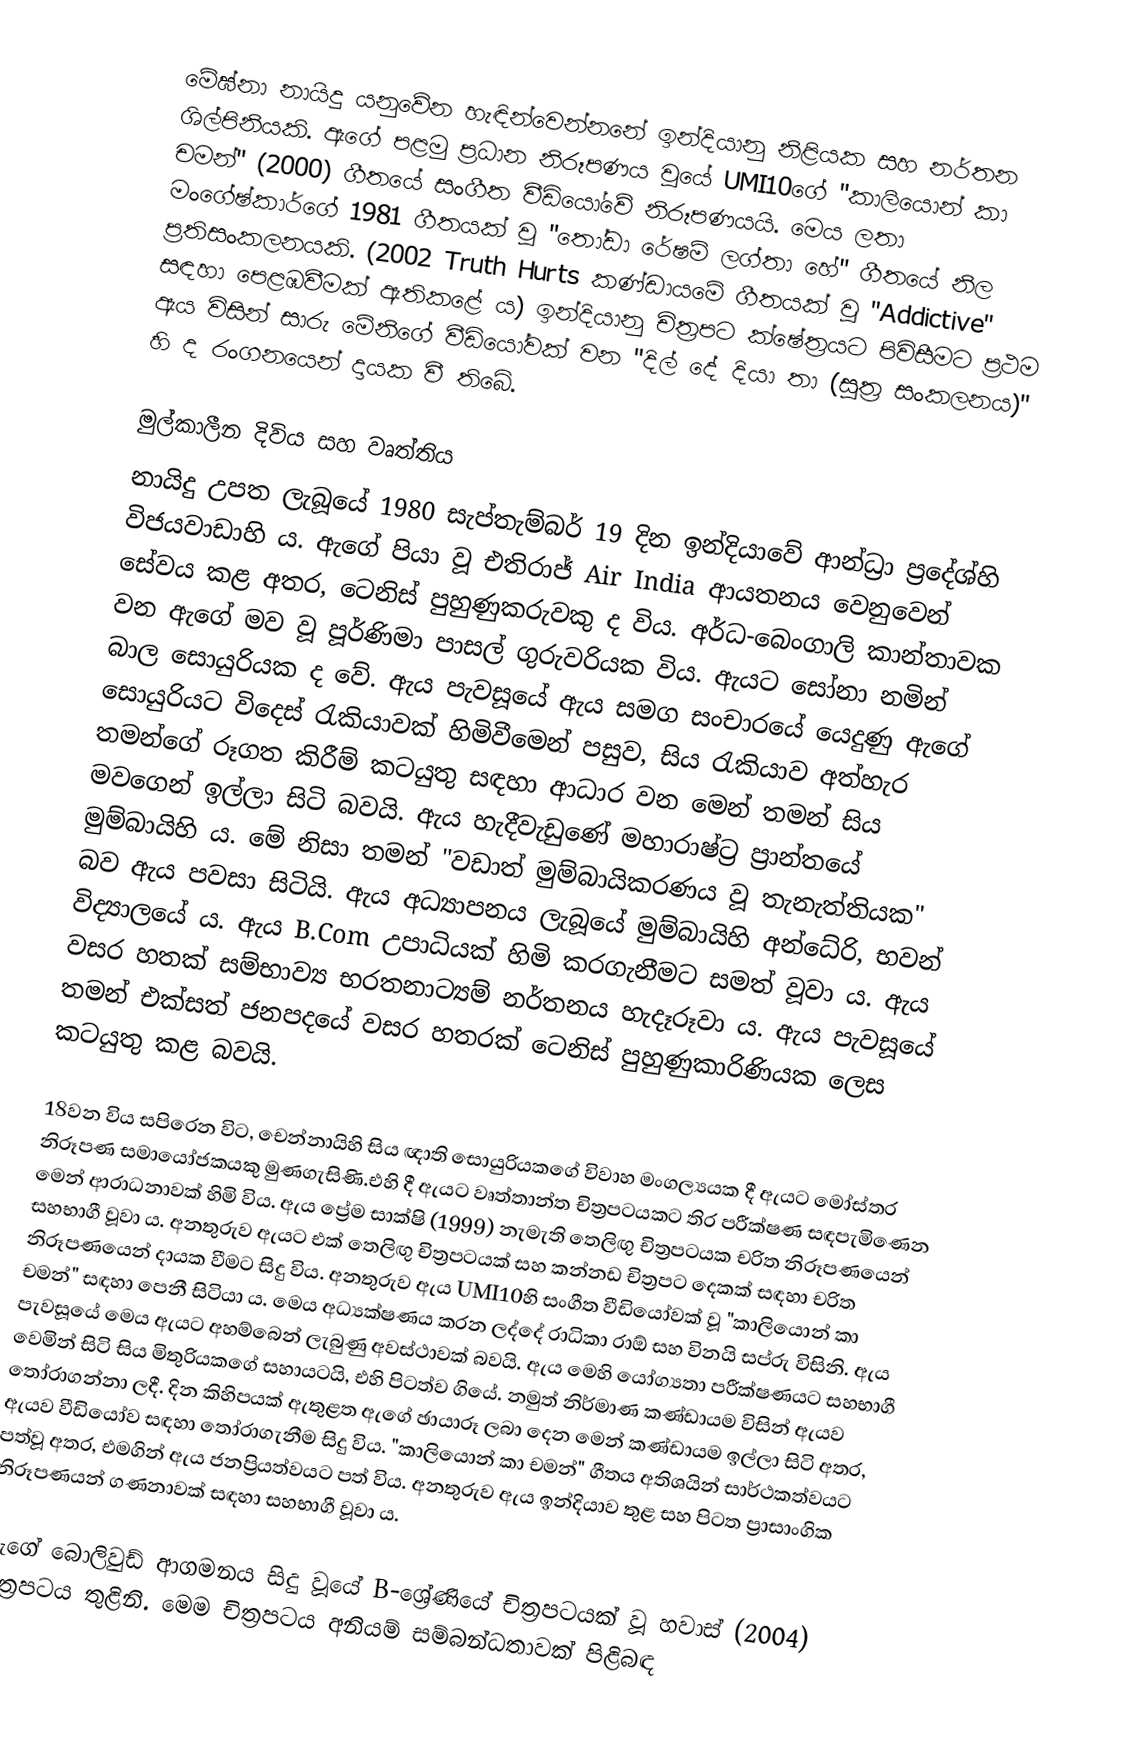
මේඝ්නා නායිදු යනුවේන හැඳින්වෙන්නනේ ඉන්දියානු නිළියක සහ නර්තන ශිල්පිනියකි. ඇගේ පළමු ප්‍රධාන නිරූපණය වූයේ UMI10ගේ "කාලියොන් කා චමන්" (2000) ගීතයේ සංගීත වීඩියෝවේ නිරූපණයයි. මෙය ලතා මංගේෂ්කාර්ගේ 1981 ගීතයක් වූ "තෝඩා රේෂම් ලග්තා හේ" ගීතයේ නිල ප්‍රතිසංකලනයකි. (2002 Truth Hurts කණ්ඩායමේ ගීතයක් වූ "Addictive" සඳහා පෙළඹවීමක් ඇතිකළේ ය) ඉන්දියානු චිත්‍රපට ක්ෂේත්‍රයට පිවිසීමට ප්‍රථම ඇය විසින් සාරු මේනිගේ වීඩියෝවක් වන "දිල් දේ දියා තා (සූත්‍ර සංකලනය)" හි ද රංගනයෙන් දායක වී තිබේ.

මුල්කාලීන දිවිය සහ වෘත්තිය
නායිදු උපත ලැබූයේ 1980 සැප්තැම්බර් 19 දින ඉන්දියාවේ ආන්ධ්‍රා ප්‍රදේශ්හි විජයවාඩාහි ය. ඇගේ පියා වූ එතිරාජ් Air India ආයතනය වෙනුවෙන් සේවය කළ අතර, ටෙනිස් පුහුණුකරුවකු ද විය. අර්ධ-බෙංගාලි කාන්තාවක වන ඇගේ මව වූ පූර්ණිමා පාසල් ගුරුවරියක විය. ඇයට සෝනා නමින් බාල සොයුරියක ද වේ. ඇය පැවසූයේ ඇය සමග සංචාරයේ යෙදුණු ඇගේ සොයුරියට විදෙස් රැකියාවක් හිමිවීමෙන් පසුව, සිය රැකියාව අත්හැර තමන්ගේ රූගත කිරීම් කටයුතු සඳහා ආධාර වන මෙන් තමන් සිය මවගෙන් ඉල්ලා සිටි බවයි. ඇය හැදීවැඩුණේ මහාරාෂ්ට්‍ර ප්‍රාන්තයේ මුම්බායිහි ය. මේ නිසා තමන් "වඩාත් මුම්බායිකරණය වූ තැනැත්තියක" බව ඇය පවසා සිටියි. ඇය අධ්‍යාපනය ලැබූයේ මුම්බායිහි අන්ධේරි, භවන් විද්‍යාලයේ ය. ඇය B.Com උපාධියක් හිමි කරගැනීමට සමත් වූවා ය. ඇය වසර හතක් සම්භාව්‍ය භරතනාට්‍යම් නර්තනය හැදෑරූවා ය. ඇය පැවසූයේ තමන් එක්සත් ජනපදයේ වසර හතරක් ටෙනිස් පුහුණුකාරිණියක ලෙස කටයුතු කළ බවයි.

18වන විය සපිරෙන විට, චෙන්නායිහි සිය ඥාති සොයුරියකගේ විවාහ මංගල්‍යයක දී ඇයට මෝස්තර නිරූපණ සමායෝජකයකු මුණගැසිණි.එහි දී ඇයට වෘත්තාන්ත චිත්‍රපටයකට තිර පරීක්ෂණ සඳපැමිණෙන මෙන් ආරාධනාවක් හිමි විය. ඇය ප්‍රේම සාක්ෂි (1999) නැමැති තෙලිඟු චිත්‍රපටයක චරිත නිරූපණයෙන් සහභාගී වූවා ය. අනතුරුව ඇයට ‍එක් තෙලිඟු චිත්‍රපටයක් සහ කන්නඩ චිත්‍රපට දෙකක් සඳහා චරිත නිරූපණයෙන් දායක වීමට සිදු විය. අනතුරුව ඇය UMI10හි සංගීත වීඩියෝවක් වූ "කාලියොන් කා චමන්" සඳහා පෙනී සිටියා ය. මෙය අධ්‍යක්ෂණය කරන ලද්දේ රාධිකා රාඕ සහ විනයි සප්රු විසිනි. ඇය පැවසූයේ මෙය ඇයට අහම්බෙන් ලැබුණු අවස්ථාවක් බවයි. ඇය මෙහි යෝග්‍යතා පරීක්ෂණයට සහභාගී වෙමින් සිටි සිය මිතුරියකගේ සහායටයි, එහි පිටත්ව ගියේ. නමුත් නිර්මාණ කණ්ඩායම විසින් ඇයව තෝරාගන්නා ලදී. දින කිහිපයක් ඇතුළත ඇගේ ඡායාරූ ලබා දෙන මෙන් කණ්ඩායම ඉල්ලා සිටි අතර, ඇයව වීඩියෝව සඳහා තෝරාගැනීම සිදු විය. "කාලියොන් කා චමන්" ගීතය අතිශයින් සාර්ථකත්වයට පත්වූ අතර, එමගින් ඇය ජනප්‍රියත්වයට පත් විය. අනතුරුව ඇය ඉන්දියාව තුළ සහ පිටත ප්‍රාසාංගික නිරූපණයන් ගණනාවක් සඳහා සහභාගී වූවා ය.

ඇගේ බොලිවුඩ් ආගමනය සිදු වූයේ B-ශ්‍රේණියේ චිත්‍රපටයක් වූ හවාස් (2004) චිත්‍රපටය තුළිනි. මෙම චිත්‍රපටය අනියම් සම්බන්ධතාවක් පිළිබඳ